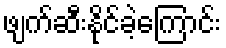
ဖျက်ဆီးနိုင်ခဲ့ကြောင်း